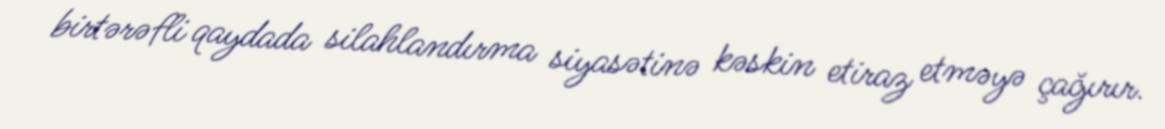
birtərəfli qaydada silahlandırma siyasətinə kəskin etiraz etməyə çağırır.